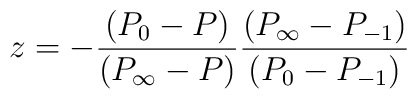
z=-\frac{(P_0 - P)}{(P_\infty - P)}         \frac{(P_\infty - P_{-1})}{(P_0 - P_{-1})}